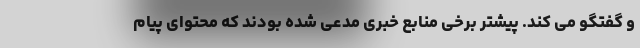
و گفتگو می کند. پیشتر برخی منابع خبری مدعی شده بودند که محتوای پیام